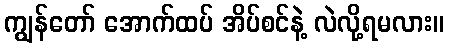
ကျွန်တော် အောက်ထပ် အိပ်စင်နဲ့ လဲလို့ရမလား။